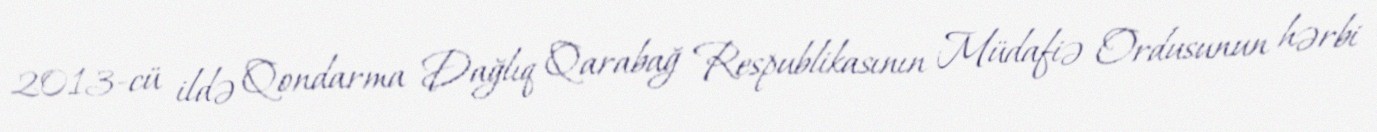
2013-cü ildə Qondarma Dağlıq Qarabağ Respublikasının Müdafiə Ordusunun hərbi